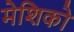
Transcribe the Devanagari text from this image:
मेशिको